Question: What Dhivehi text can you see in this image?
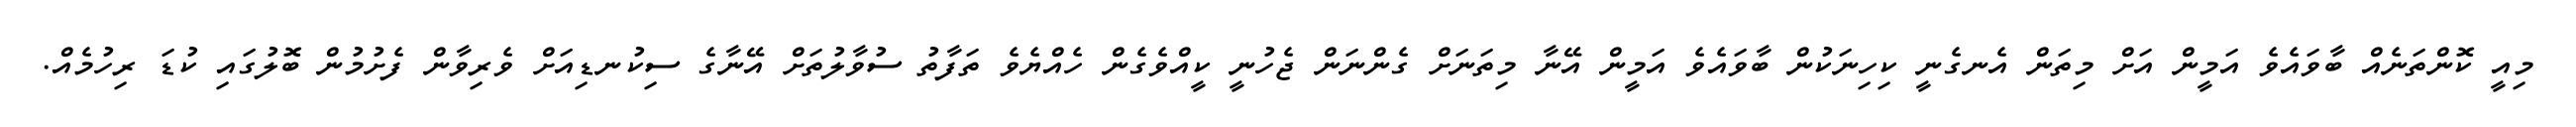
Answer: މިއީ ކޮންތަނެއް ބާވައެވެ އަމީން އަށް މިތަން އެނގެނީ ކިހިނަކުން ބާވައެވެ އަމީން އޭނާ މިތަނަށް ގެންނަން ޖެހުނީ ކީއްވެގެން ހެއްޔެވެ ތަފާތު ސުވާލުތަށް އޭނާގެ ސިކުނޑިއަށް ވެރިވާން ފެށުމުން ބޮލުގައި ކުޑަ ރިހުމެއް.